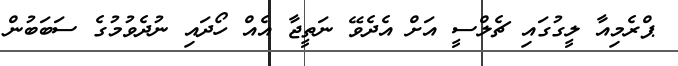
ޕްރެމިއާ ލީގުގައި ޗެލްސީ އަށް އެދެވޭ ނަތީޖާ އެއް ހޯދައި ނުދެވުމުގެ ސަބަބުން